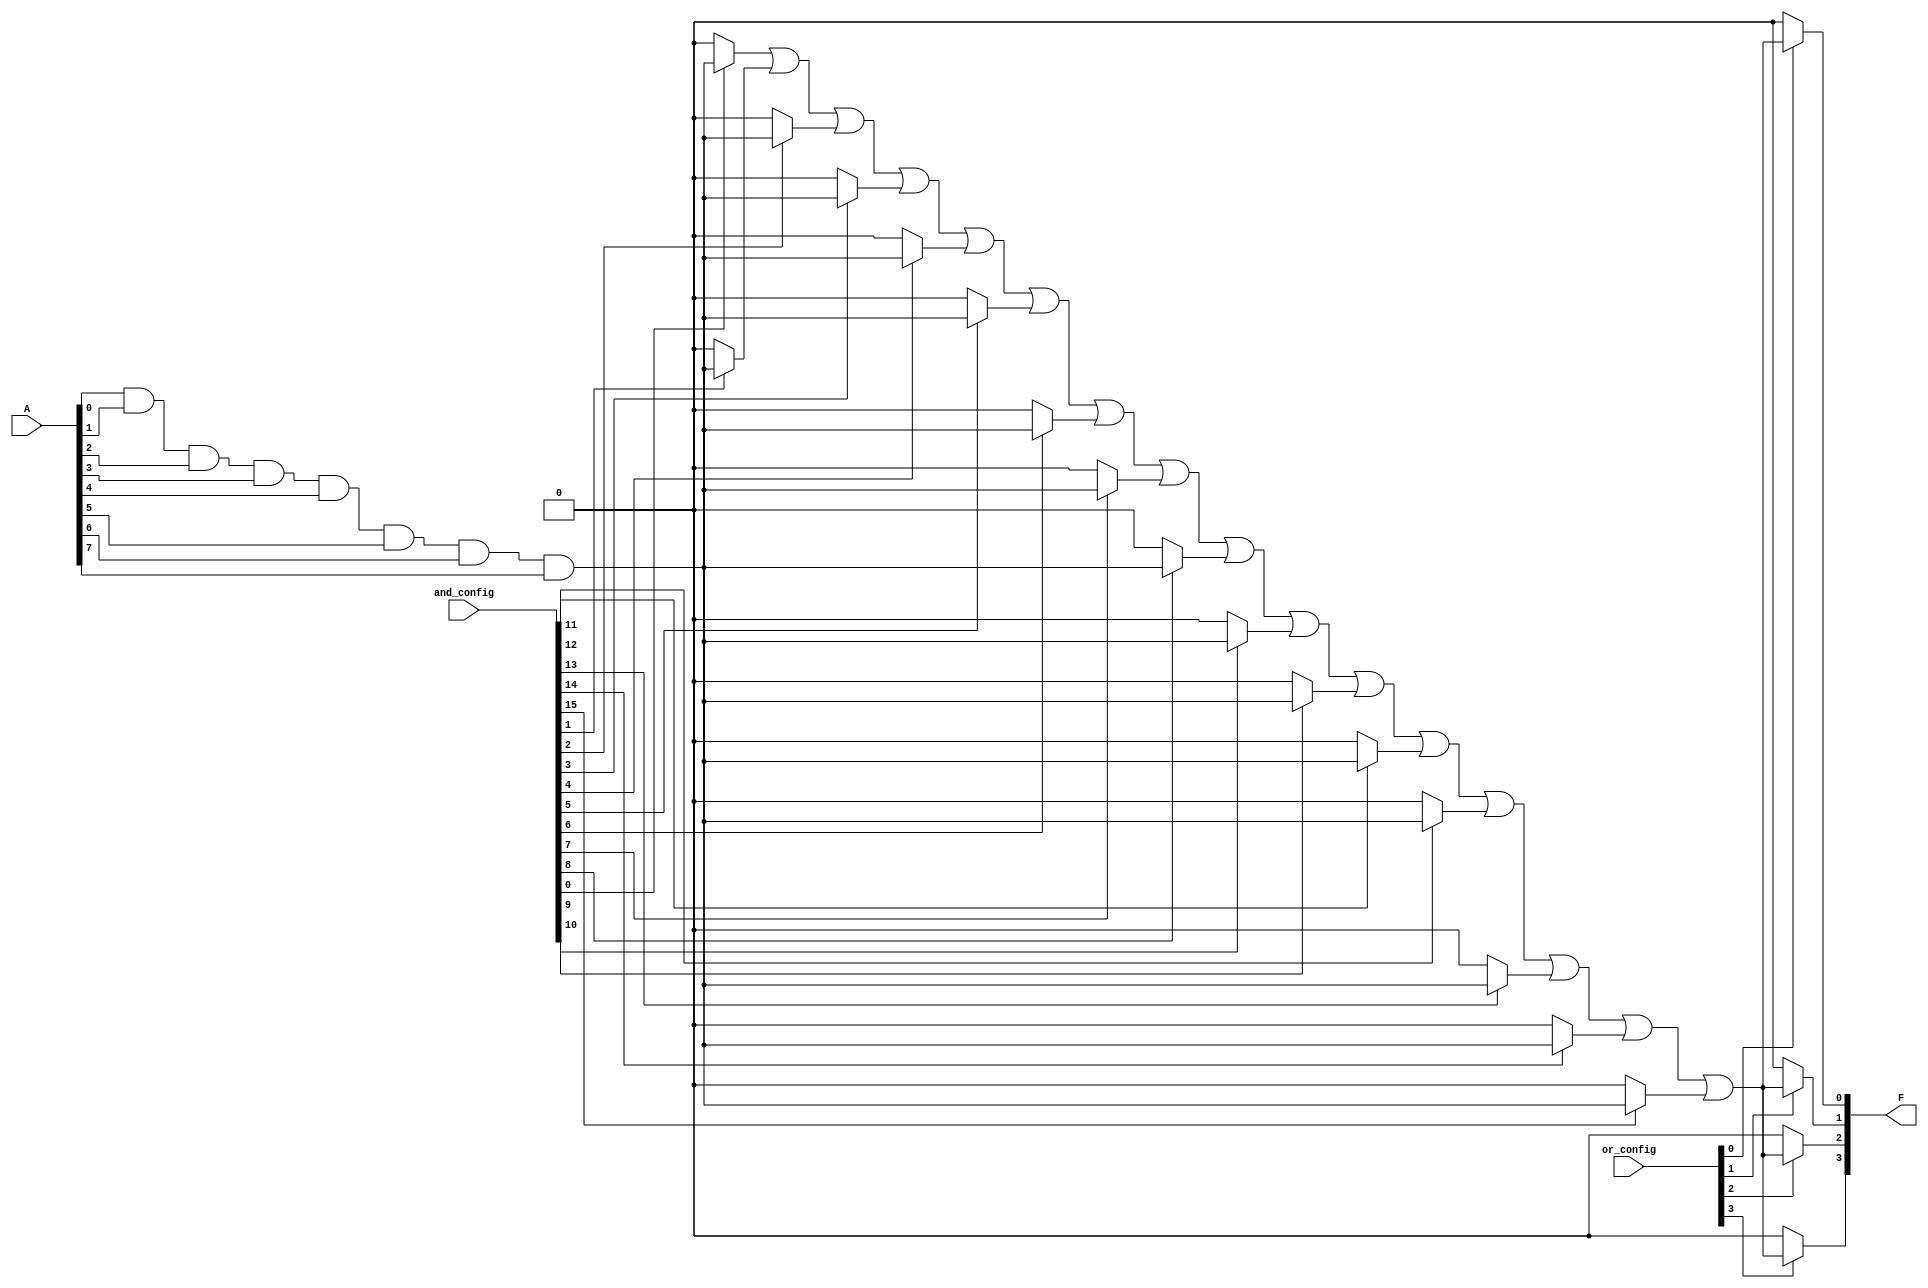
module SPAL #(
    parameter N = 8, // Number of inputs
    parameter M = 4, // Number of outputs
    parameter K = 16 // Number of AND gates
)(
    input wire [N-1:0] A, // Input signals
    input wire [K-1:0] and_config, // Configuration for AND gates
    input wire [M-1:0] or_config, // Configuration for OR gates
    output wire [M-1:0] F // Output signals
);

// Internal wires for AND gate outputs
wire [K-1:0] and_out;

// Programmable AND array
genvar i, j;
generate
    for (i = 0; i < K; i = i + 1) begin : and_array
        assign and_out[i] = (and_config[i] == 1'b1) ? (A[0] & A[1] & A[2] & A[3] & A[4] & A[5] & A[6] & A[7]) : 1'b0; // Example AND gate logic
    end
endgenerate

// Programmable OR array
generate
    for (j = 0; j < M; j = j + 1) begin : or_array
        assign F[j] = (or_config[j] == 1'b1) ? (and_out[0] | and_out[1] | and_out[2] | and_out[3] | and_out[4] | and_out[5] | and_out[6] | and_out[7] | and_out[8] | and_out[9] | and_out[10] | and_out[11] | and_out[12] | and_out[13] | and_out[14] | and_out[15]) : 1'b0; // Example OR gate logic
    end
endgenerate

endmodule